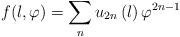
LaTeX: \begin{align*}f(l,\varphi )=\sum_{n}u_{2n}\left( l\right) \varphi ^{2n-1}\end{align*}